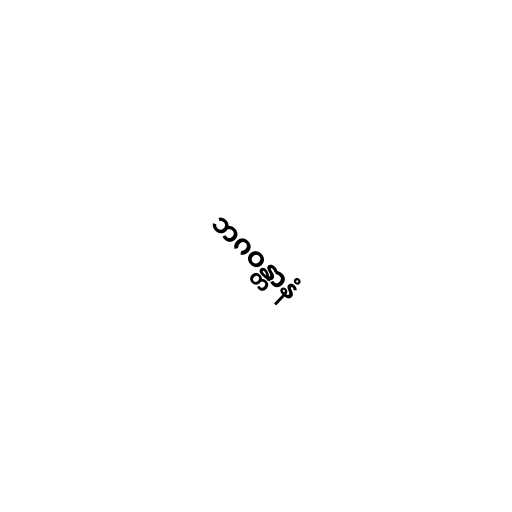
ဘဂဝန္တာနံ